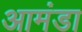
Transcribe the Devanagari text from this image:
आमंडा